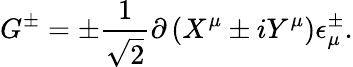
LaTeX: G^{\pm}=\pm{\frac{1}{\sqrt 2}}\partial\left(X^{\mu}\pm iY^{\mu}\right)\epsilon_{\mu}^{\pm}.